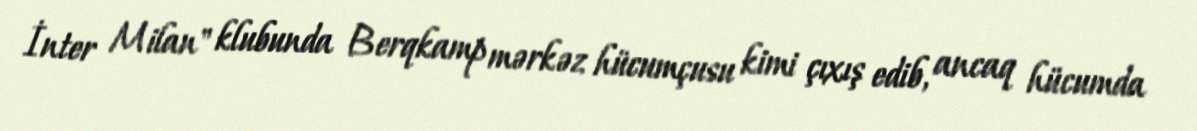
İnter Milan" klubunda Berqkamp mərkəz hücumçusu kimi çıxış edib, ancaq hücumda